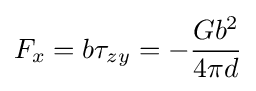
F_{x}=b\tau _{zy}=-{\frac {Gb^{2}}{4\pi d}}